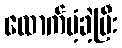
ထောက်ပံ့ခဲ့ပြီး